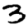
Digit: 3